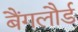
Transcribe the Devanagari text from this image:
बैंगलौर्ड